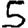
Digit: 5